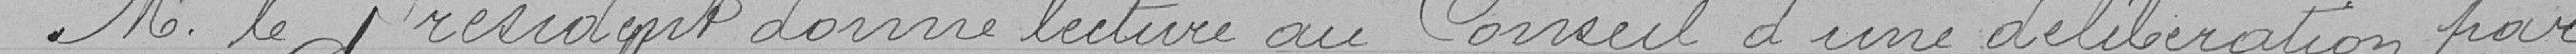
M.le Président donne lecture au Conseil d'une délibération par